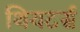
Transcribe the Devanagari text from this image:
थियटर्स